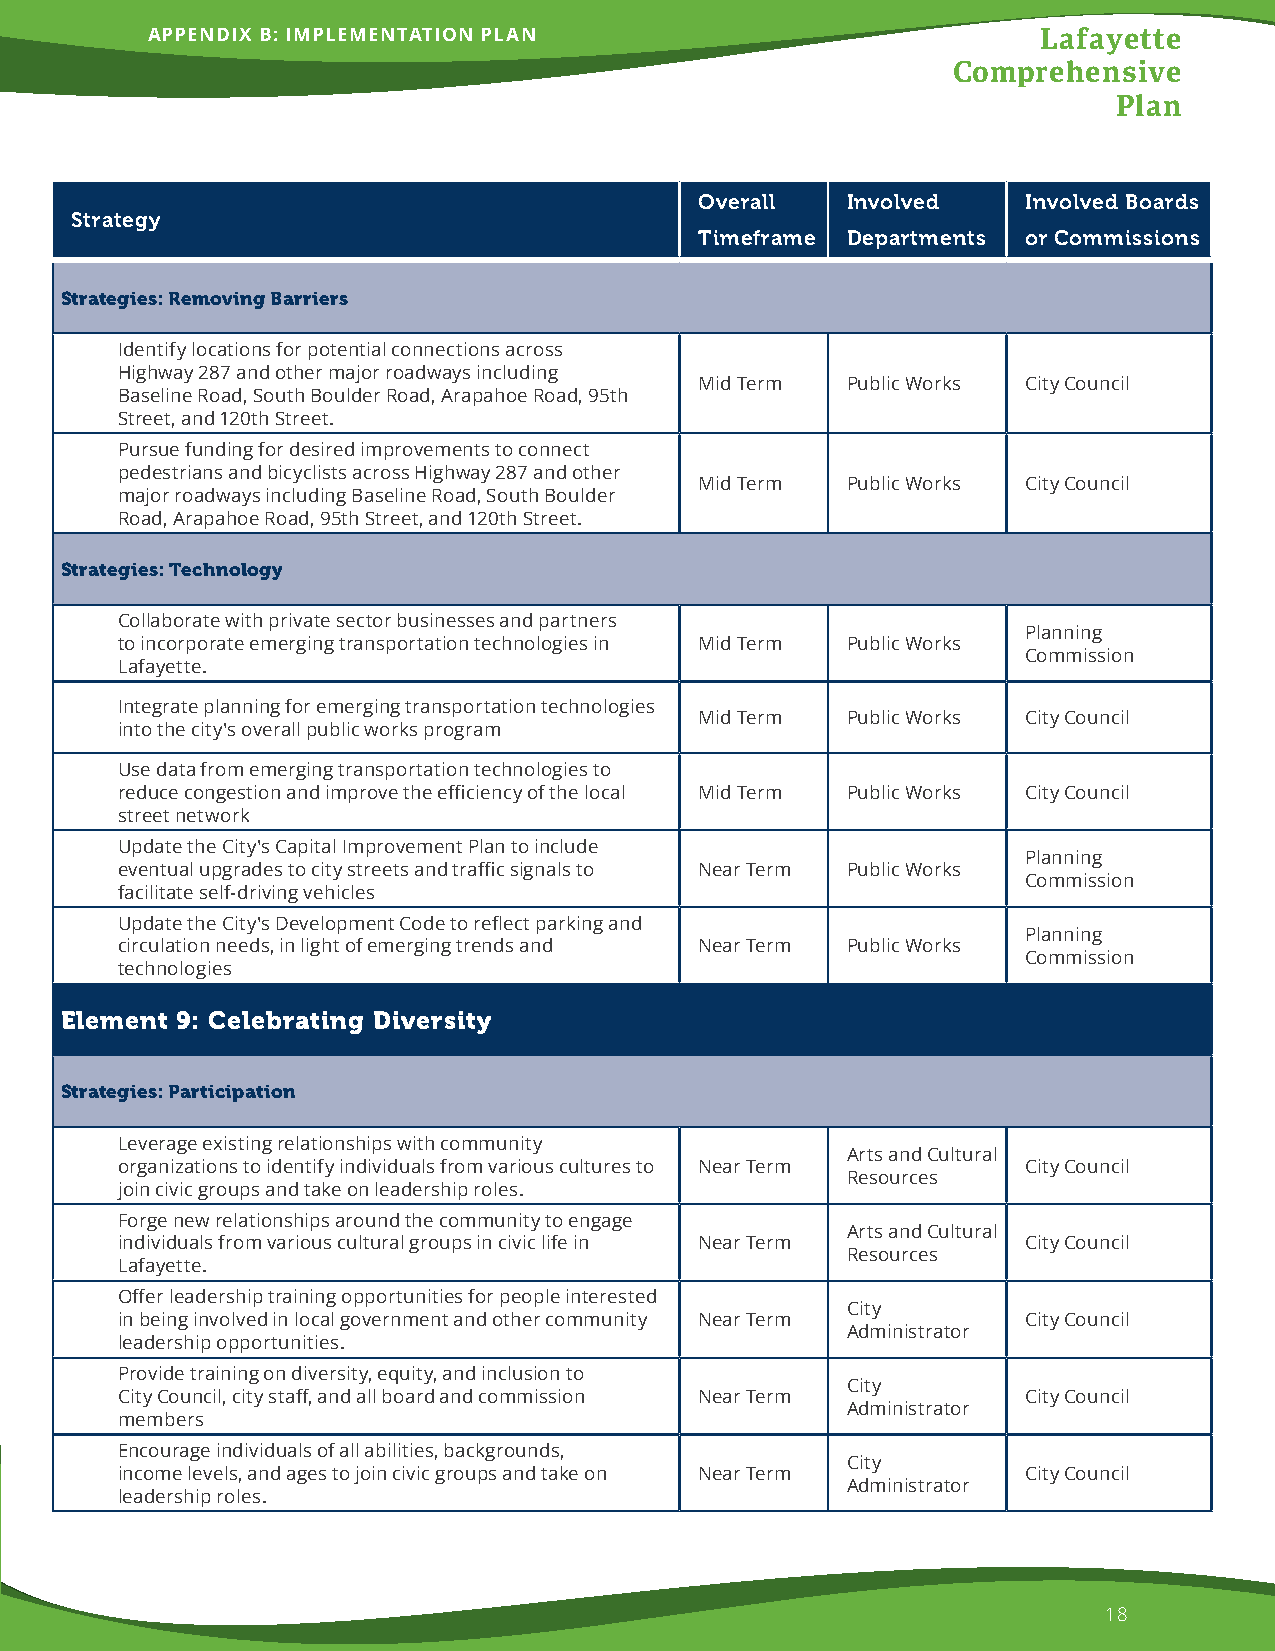
APPENDIX B: IMPLEMENTATION PLAN                            Lafayette
 Comprehensive
 Plan
 Overall   Involved    Involved Boards
 Strategy
 Timeframe Departments or Commissions
 Strategies: Removing Barriers
 Identify locations for potential connections across
 Highway 287 and other major roadways including
 Mid Term  Public Works City Council
 Baseline Road, South Boulder Road, Arapahoe Road, 95th
 Street, and 120th Street.
 Pursue funding for desired improvements to connect
 pedestrians and bicyclists across Highway 287 and other
 Mid Term  Public Works City Council
 major roadways including Baseline Road, South Boulder
 Road, Arapahoe Road, 95th Street, and 120th Street.
 Strategies: Technology
 Collaborate with private sector businesses and partners
 Planning
 to incorporate emerging transportation technologies in Mid Term Public Works
 Commission
 Lafayette.
 Integrate planning for emerging transportation technologies
 Mid Term  Public Works City Council
 into the city's overall public works program
 Use data from emerging transportation technologies to
 reduce congestion and improve the efficiency of the local Mid Term Public Works City Council
 street network
 Update the City's Capital Improvement Plan to include
 Planning
 eventual upgrades to city streets and traffic signals to Near Term Public Works
 Commission
 facilitate self-driving vehicles
 Update the City's Development Code to reflect parking and
 Planning
 circulation needs, in light of emerging trends and Near Term Public Works
 Commission
 technologies
 Element 9: Celebrating Diversity
 Strategies: Participation
 Leverage existing relationships with community
 Arts and Cultural
 organizations to identify individuals from various cultures to Near Term City Council
 Resources
 join civic groups and take on leadership roles.
 Forge new relationships around the community to engage
 Arts and Cultural
 individuals from various cultural groups in civic life in Near Term City Council
 Resources
 Lafayette.
 Offer leadership training opportunities for people interested
 City
 in being involved in local government and other community Near Term City Council
 Administrator
 leadership opportunities.
 Provide training on diversity, equity, and inclusion to
 City
 City Council, city staff, and all board and commission Near Term City Council
 Administrator
 members
 Encourage individuals of all abilities, backgrounds,
 City
 income levels, and ages to join civic groups and take on Near Term City Council
 Administrator
 leadership roles.
 18